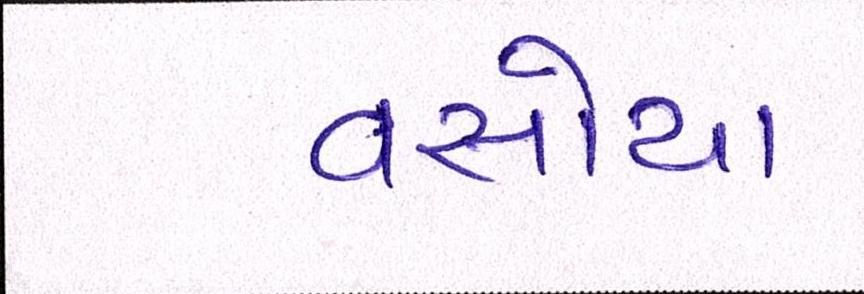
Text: વસોયા